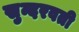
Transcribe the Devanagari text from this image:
सुन्दरवती